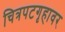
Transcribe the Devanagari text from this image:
चित्रपटगृहावर